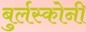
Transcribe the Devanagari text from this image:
बुर्लस्कोनी